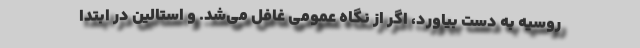
روسیه به دست بیاورد، اگر از نگاه عمومی غافل می‌شد. و استالین در ابتدا